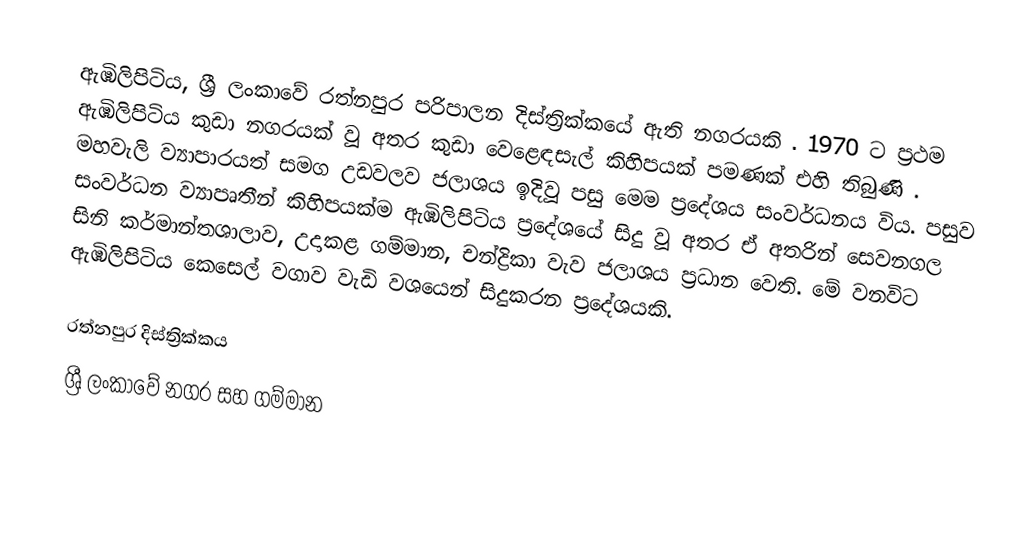
ඇඹිලිපිටිය, ශ්‍රී ලංකාවේ  රත්නපුර පරිපාලන දිස්ත්‍රික්කයේ ඇති නගරයකි . 1970 ට ප්‍රථම ඇඹිලිපිටිය කුඩා නගරයක් වූ  අතර කුඩා වෙළෙඳසැල් කිහිපයක් පමණක් එහි තිබුණි . මහවැලි ව්‍යාපාරයත් සමග උඩවලව ජලාශය ඉදිවූ පසු මෙම  ප්‍රදේශය සංවර්ධනය විය. පසුව සංවර්ධන ව්‍යාපෘතීන් කිහිපයක්ම ඇඹිලිපිටිය ප්‍රදේශයේ සිදු වූ අතර ඒ අතරින් සෙවනගල සිනි කර්මාන්තශාලාව, උදාකළ ගම්මාන, චන්ද්‍රිකා වැව ජලාශය ප්‍රධාන වෙති.  මේ වනවිට ඇඹිලිපිටිය කෙසෙල් වගාව වැඩි වශයෙන් සිදුකරන ප්‍රදේශයකි.

රත්නපුර දිස්ත්‍රික්කය
ශ්‍රී ලංකාවේ නගර සහ ගම්මාන